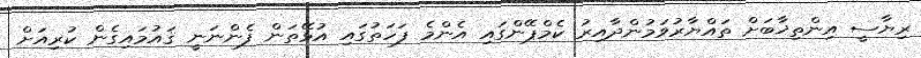
ރިޔާސީ އިންތިޚާބަށް ތައްޔާރުވަމުންދާއިރު ކެމްޕޭންގައި އެންމެ ފަހަތުގައި އުޅޭތަން ފެންނަނީ ޤައުމައިގެން ކުރިއަށް